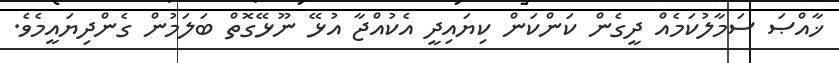
ޚާއްޞަ ސަމާލުކަމެއް ދީގެން ކަންކަން ކިޔައިދީ އެކުއްޖާ އުޅޭ ނޫޅޭގޮތް ބަލަމުން ގެންދިޔައީމެވެ.